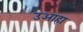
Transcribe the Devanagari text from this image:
उआहा